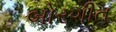
બોરગીત